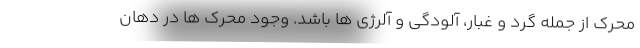
محرک از جمله گرد و غبار، آلودگی و آلرژی ها باشد. وجود محرک ها در دهان